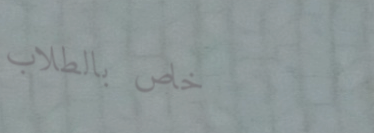
خاص بالطلاب